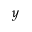
y